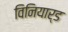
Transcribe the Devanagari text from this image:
विनियार्ड